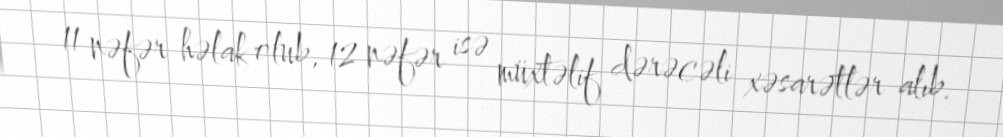
11 nəfər həlak olub, 12 nəfər isə müxtəlif dərəcəli xəsarətlər alıb.